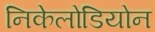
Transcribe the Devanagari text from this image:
निकेलोडियोन